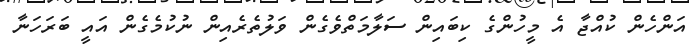
އަންހެން ކުއްޖާ އެ މީހުންގެ ކިބައިން ސަލާމަތްވެގެން ވަލުތެރެއިން ނުކުމެގެން އައީ ބަރަހަނާ